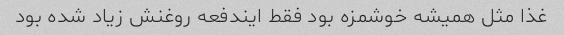
غذا مثل همیشه خوشمزه بود فقط ایندفعه روغنش زیاد شده بود